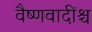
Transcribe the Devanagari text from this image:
वैष्णवादींश्च